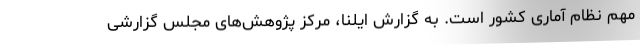
مهم نظام آماری کشور است. به گزارش ایلنا، مرکز پژوهش‌های مجلس گزارشی